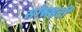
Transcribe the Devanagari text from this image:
सोसइटी